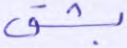
بشق